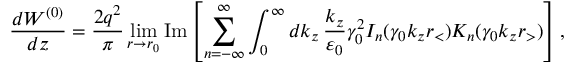
\frac { d W ^ { ( 0 ) } } { d z } = \frac { 2 q ^ { 2 } } { \pi } \operatorname* { l i m } _ { r \rightarrow r _ { 0 } } \mathrm { I m } \left[ \sum _ { n = - \infty } ^ { \infty } \int _ { 0 } ^ { \infty } d k _ { z } \, \frac { k _ { z } } { \varepsilon _ { 0 } } \gamma _ { 0 } ^ { 2 } I _ { n } ( \gamma _ { 0 } k _ { z } r _ { < } ) K _ { n } ( \gamma _ { 0 } k _ { z } r _ { > } ) \right] ,